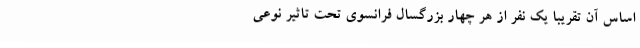
اساس آن تقریباً یک نفر از هر چهار بزرگسال فرانسوی تحت تاثیر نوعی